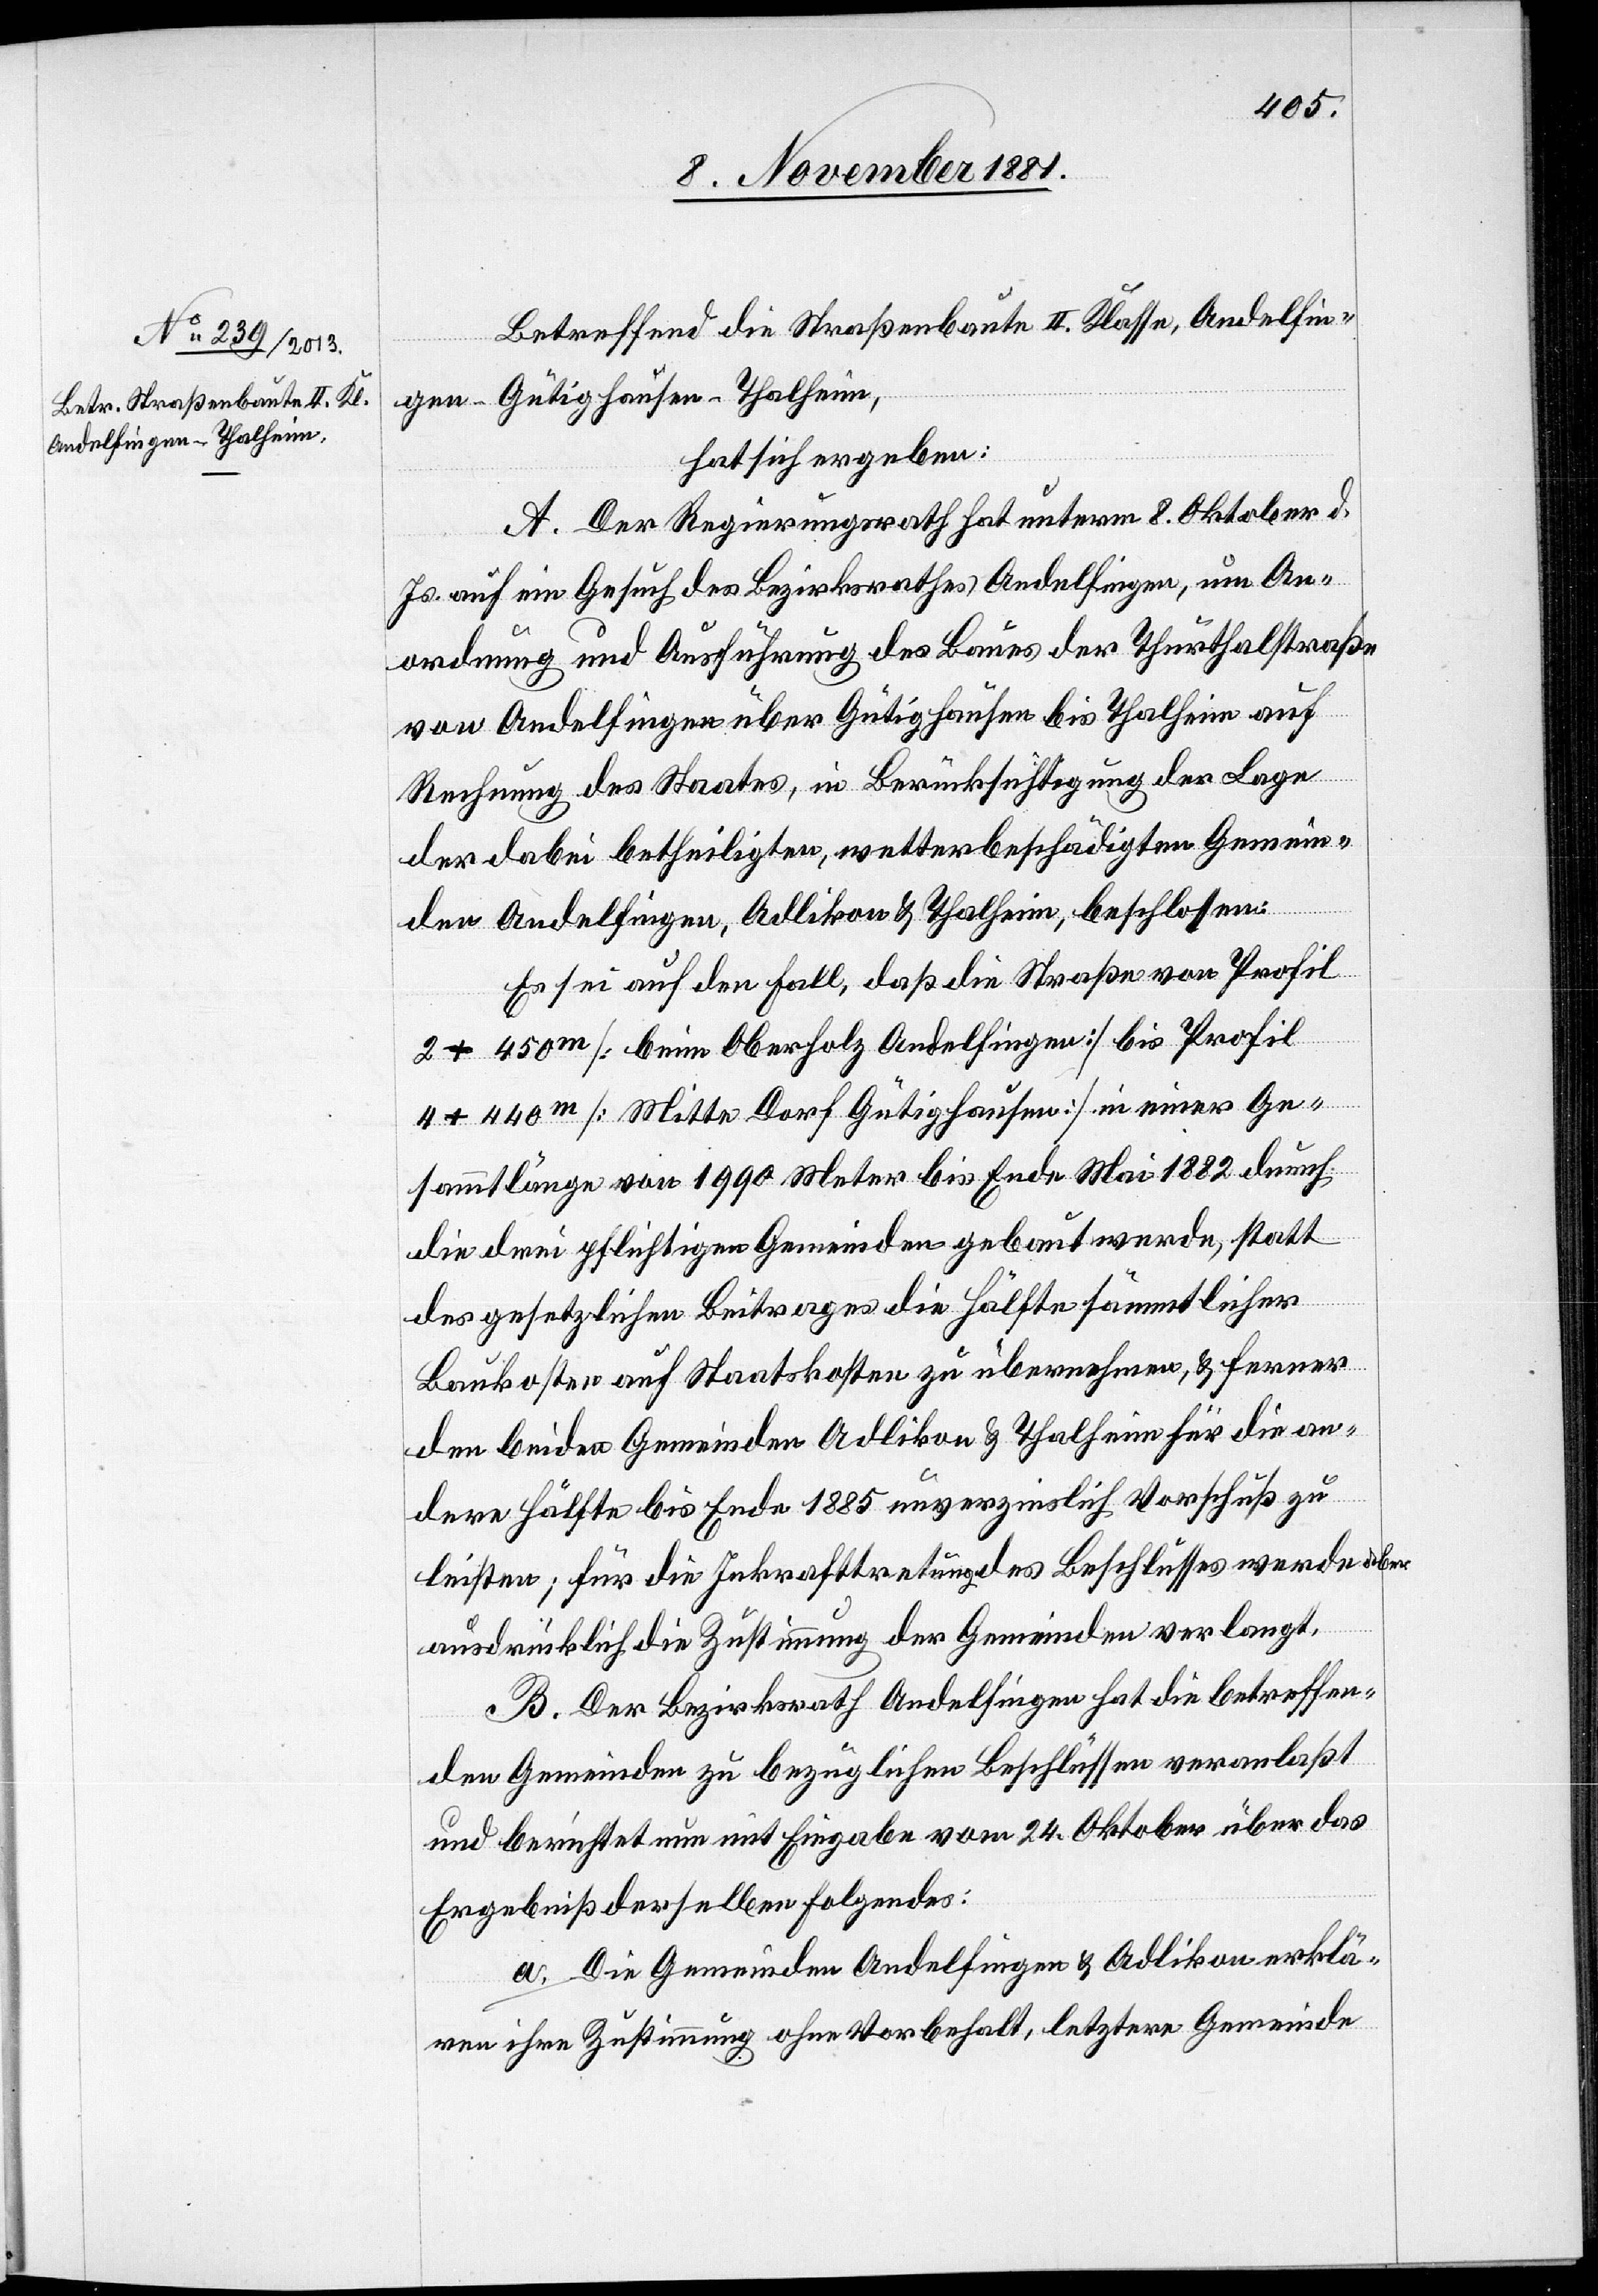
Betreffend die Straßenbaute II. Klasse, Andelfin¬
gen–Gütighausen–Thalheim,
hat sich ergeben:
A. Der Regierungsrath hat unterm 8. Oktober d.
Js. auf ein Gesuch des Bezirksrathes Andelfingen, um An¬
ordnung und Ausführung des Baues der Thurthalstraße
von Andelfingen über Gütighausen bis Thalheim auf
Rechnung des Staates, in Berücksichtigung der Lage
der dabei betheiligten, wetterbeschädigten Gemein¬
den Andelfingen, Adlikon & Thalheim, beschlossen:
Es sei auf den Fall, daß die Straße von Profil
2 + 450m [beim Oberholz Andelfingen] bis Profil
4 + 440m [Mitte Dorf Gütighausen] in einer Ge¬
sammtlänge von 1990 Meter bis Ende Mai 1882 durch
die drei pflichtigen Gemeinden gebaut werden, statt
des gesetzlichen Beitrages die Hälfte sämmtlicher
Baukosten auf Staatskosten zu übernehmen, & ferner
den beiden Gemeinden Adlikon &Thalheim für die an¬
dere Hälfte bis Ende 1885 unverzinslich Vorschuß zu
leisten; für die Inkrafttretung des Beschlusses werde aber
ausdrücklich die Zustimmung der Gemeinden verlangt.
B. Der Bezirksrath Andelfingen hat die betreffen¬
den Gemeinden zu bezüglichen Beschlüssen veranlaßt
und berichtet nun mit Eingabe vom 24 Oktober über das
Ergebniß derselben Folgendes:
a. Die Gemeinden Andelfingen & Adlikon erklä¬
ren ihre Zustimmung ohne Vorbehalt, letztere Gemeinde